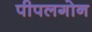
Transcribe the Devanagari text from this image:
पीपलगोन